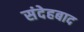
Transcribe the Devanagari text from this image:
संदेहबाद